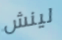
لينش